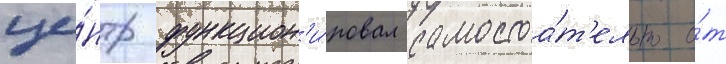
це́нтр функцион'и́ровал самостоа́т'ельно о́т